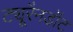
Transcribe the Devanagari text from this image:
ट्यूरैनडॉट